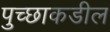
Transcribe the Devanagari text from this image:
पुच्छाकडील